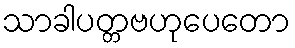
သာခါပတ္တဗဟုပေတော